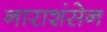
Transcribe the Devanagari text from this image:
नाराशंसेन